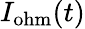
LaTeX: I_{\mathrm{ohm}}(t)